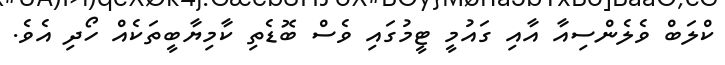
ކްލަބް ވެލެންސިއާ އާއި ގައުމީ ޓީމުގައި ވެސް ބޮޑެތި ކާމިޔާބީތަކެއް ހޯދި އެވެ.